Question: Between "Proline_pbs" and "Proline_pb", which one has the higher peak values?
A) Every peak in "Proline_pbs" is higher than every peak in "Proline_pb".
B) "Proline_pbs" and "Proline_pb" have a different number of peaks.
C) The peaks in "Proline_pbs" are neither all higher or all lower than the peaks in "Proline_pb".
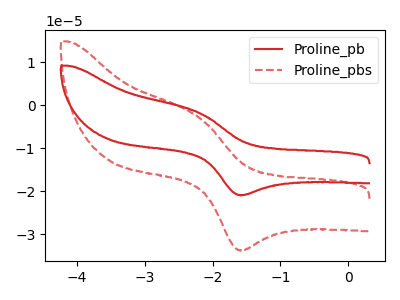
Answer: <think>The red curve "Proline_pb" has an anodic peak at (-2.20V, -1.70uA) and a cathodic peak at (-1.55V, -20.85uA). The red dashed curve "Proline_pbs" has an anodic peak at (-2.20V, -2.75uA) and a cathodic peak at (-1.55V, -33.65uA).</think>
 <answer>C) The peaks in "Proline_pbs" are neither all higher or all lower than the peaks in "Proline_pb".</answer>
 <eval>C</eval>